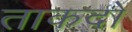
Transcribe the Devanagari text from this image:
ताकदों